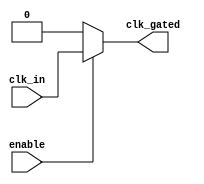
module clock_gating_cell (
    input wire clk_in,       // Incoming clock signal
    input wire enable,       // Enable signal for clock gating
    output wire clk_gated    // Gated clock output
);

    // Gated clock logic
    assign clk_gated = enable ? clk_in : 1'b0; // Pass clk_in when enable is high, else 0

endmodule